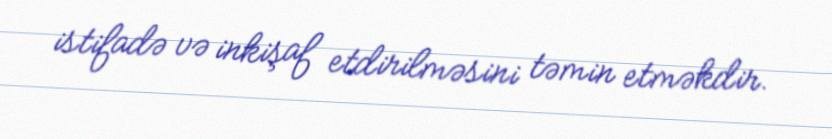
istifadə və inkişaf etdirilməsini təmin etməkdir.